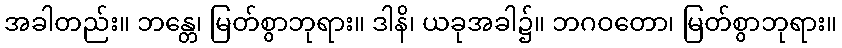
အခါတည်း။ ဘန္တေ၊ မြတ်စွာဘုရား။ ဒါနိ၊ ယခုအခါ၌။ ဘဂဝတော၊ မြတ်စွာဘုရား။